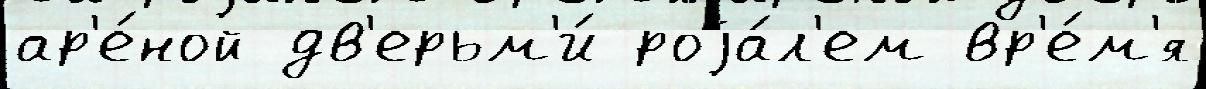
ар'е́ной дв'ерьм'и́ роjа́л'ем вр'е́м'я